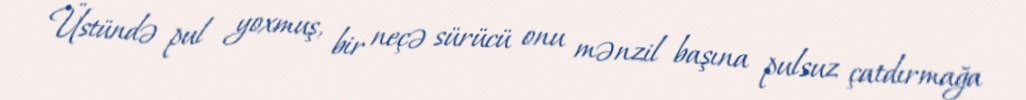
Üstündə pul yoxmuş, bir neçə sürücü onu mənzil başına pulsuz çatdırmağa